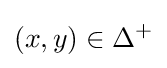
(x,y)\in \Delta ^{+}